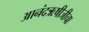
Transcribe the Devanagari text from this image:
आनंदऋषीजीचा